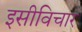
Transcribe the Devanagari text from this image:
इसीविचार